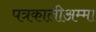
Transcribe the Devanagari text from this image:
पत्रकालीअम्मा